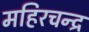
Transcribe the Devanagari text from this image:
महिरचन्द्र